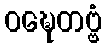
ဝဍ္ဎေတဗ္ဗံ